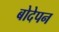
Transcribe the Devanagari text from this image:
बोदेपन